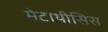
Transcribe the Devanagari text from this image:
मेटाथीसिस